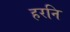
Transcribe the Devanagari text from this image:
हरनि